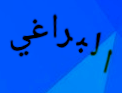
البراغي